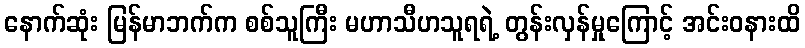
နောက်ဆုံး မြန်မာဘက်က စစ်သူကြီး မဟာသီဟသူရရဲ့ တွန်းလှန်မှုကြောင့် အင်းဝနားထိ